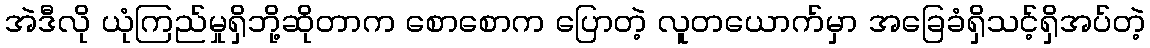
အဲဒီလို ယုံကြည်မှုရှိဘို့ဆိုတာက စောစောက ပြောတဲ့ လူတယောက်မှာ အခြေခံရှိသင့်ရှိအပ်တဲ့